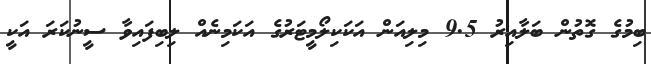
ބިމުގެ ގޮތުން ބަލާއިރު 9.5 މިލިއަން އަކަކިލޯމީޓަރުގެ އަކަމިނެއް ލިބިފައިވާ ސީނުކަރަ އަކީ